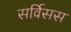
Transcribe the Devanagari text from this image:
सर्विसस